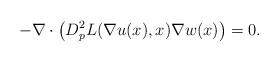
LaTeX: \begin{align*}-\nabla \cdot \left( D^2_pL(\nabla u(x),x) \nabla w(x) \right) = 0.\end{align*}